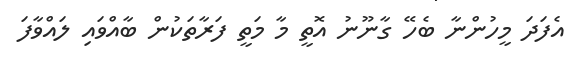
އެފަދަ މީހުންނާ ބެހޭ ގާނޫނު އޮތީ މާ މަތީ ފަރާތަކުން ބާއްވައި ލައްވާފަ